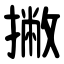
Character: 撇